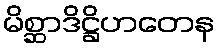
မိစ္ဆာဒိဋ္ဌိဟတေန